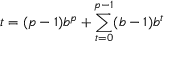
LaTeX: t = ( p - 1 ) b ^ { p } + \sum _ { t = 0 } ^ { p - 1 } ( b - 1 ) b ^ { t }